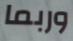
وربما